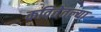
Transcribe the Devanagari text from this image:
कवितेतल्या